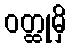
ဝတ္ထုမှိ